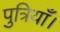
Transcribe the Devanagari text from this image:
पुत्रियाँ।